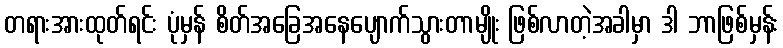
တရားအားထုတ်ရင်း ပုံမှန် စိတ်အခြေအနေပျောက်သွားတာမျိုး ဖြစ်လာတဲ့အခါမှာ ဒါ ဘာဖြစ်မှန်း